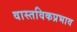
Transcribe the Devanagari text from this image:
वास्तविकप्रभाव